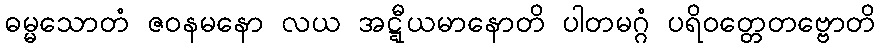
ဓမ္မသောတံ ဇဝနမနော လယ အဋ္ဋီယမာနောတိ ပါတမဂ္ဂံ ပရိဝတ္တေတဗ္ဗောတိ